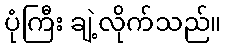
ပုံကြီး ချဲ့လိုက်သည်။